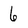
Character: 6